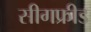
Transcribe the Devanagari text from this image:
सीगफ्रीड